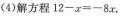
(4)解方程$$1 2 - x = - 8 x$$.